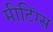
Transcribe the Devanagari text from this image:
मीटिंग्स